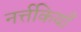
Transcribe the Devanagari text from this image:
नर्त्तकियाँ